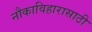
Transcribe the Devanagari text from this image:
नौकाविहारासाठी